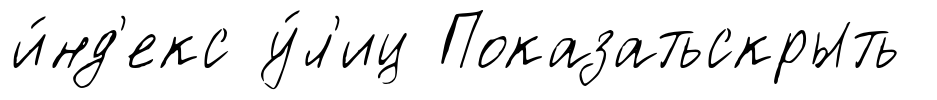
и́нд'екс у́л'иц Показатьскрыть